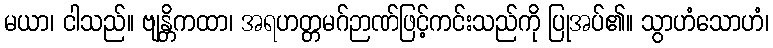
မယာ၊ ငါသည်။ ဗျန္တိကထာ၊ အရဟတ္တမဂ်ဉာဏ်ဖြင့်ကင်းသည်ကို ပြုအပ်၏။ သွာဟံသောဟံ၊